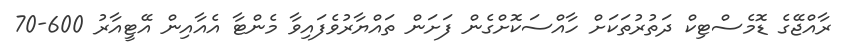
ރާއްޖޭގެ ޑޮމެސްޓިކް ދަތުރުތަކަށް ހާއްސަކޮށްގެން ފަށަން ތައްޔާރުވެފައިވާ މެންޓާ އެއާއިން އޭޓީއާރު 600-70